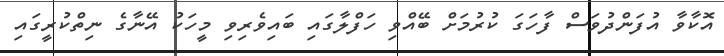
އޮކާވާ އުފަންދުވަސް ފާހަގަ ކުރުމަށް ބޭއްވި ހަފްލާގައި ބައިވެރިވި މީހަކު އޭނާގެ ނިތްކުރީގައި